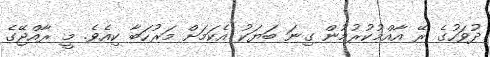
ދުވަހުގެ ރޭ އާއްމުކުރުމުން ގިނަ ބަޔަކު އެކަމަށް މަރުހަބާ ކިއެވެ. މީ ރާއްޖޭގެ